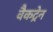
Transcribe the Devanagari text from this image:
वैकट्रेन